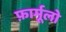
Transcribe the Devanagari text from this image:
फ़ार्मूलो